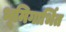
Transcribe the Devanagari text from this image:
भूमिगार्भित